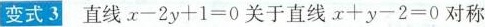
变式3 直线$$x - 2 y + 1 = 0$$关于直线$$x + y - 2 = 0$$对称